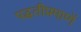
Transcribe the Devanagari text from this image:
पद्धतीप्रमाणें